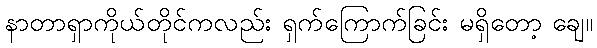
နာတာရှာကိုယ်တိုင်ကလည်း ရှက်ကြောက်ခြင်း မရှိတော့ ချေ။